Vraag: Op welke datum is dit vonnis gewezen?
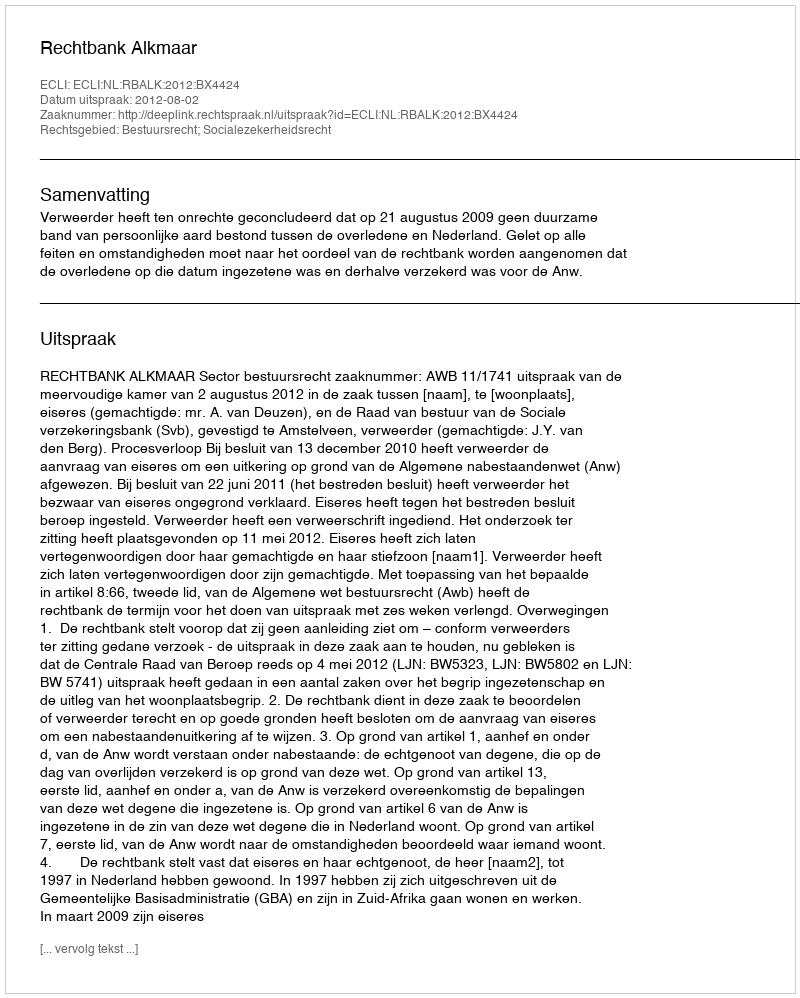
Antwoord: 2012-08-02